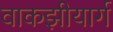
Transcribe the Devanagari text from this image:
वाकझीयार्ग